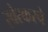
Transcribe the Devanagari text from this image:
स्वेरकरचे